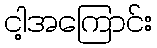
ငါ့အကြောင်း